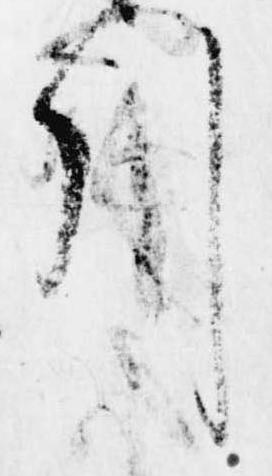
引